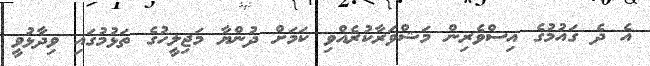
އެ ދެ ގައުމުގެ އިސްވެރިން މަޝްވަރާކުރެއްވި ކަަމަށް ދުންޔާ މަޖިލީހުގެ ތަޅުމުގައި ވިދާޅުވީ